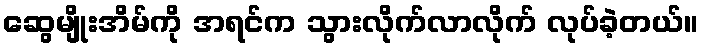
ဆွေမျိုးအိမ်ကို အရင်က သွားလိုက်လာလိုက် လုပ်ခဲ့တယ်။